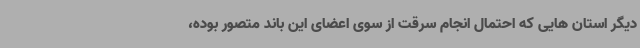
دیگر استان هایی که احتمال انجام سرقت از سوی اعضای این باند متصور بوده،